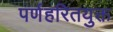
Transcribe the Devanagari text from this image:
पर्णहरितयुक्त